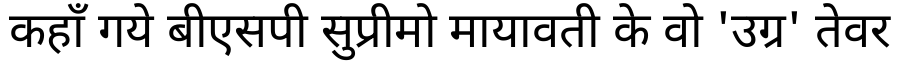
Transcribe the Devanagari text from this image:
कहाँ गये बीएसपी सुप्रीमो मायावती के वो 'उग्र' तेवर